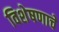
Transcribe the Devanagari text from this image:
विशेषणाचे